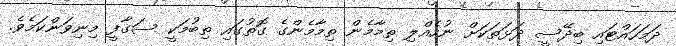
ދަމަހައްޓައި ބިދޭސީ ދަޅަތަކަށް ނުހެއްލި ތިމާމެން ތިމާމެންގެ ގޮތުގައި ތިބުމަކީ ސަގާފީ މިނިވަންކަމެވެ.